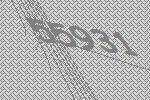
55931